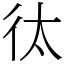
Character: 㣖